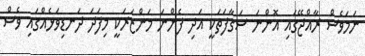
ނަމަވެސް ރާއްޖޭގައި އޮންނަ ސަގާފަތަކީ އަދި ފެންނަ މަންޒަރަކީ މިފަދަ ދަނޑިވަޅެއްގައި ވެސް